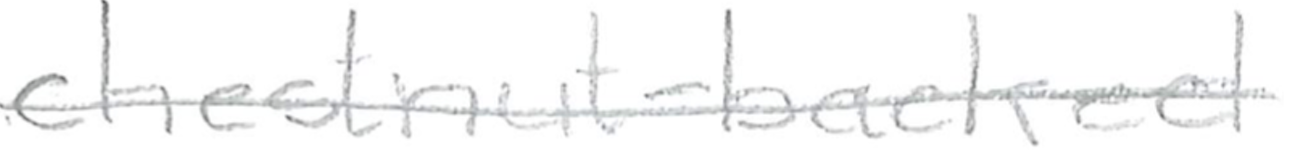
Text: chestnut-backed
Cross-out: single-line
Writing tool: pencil